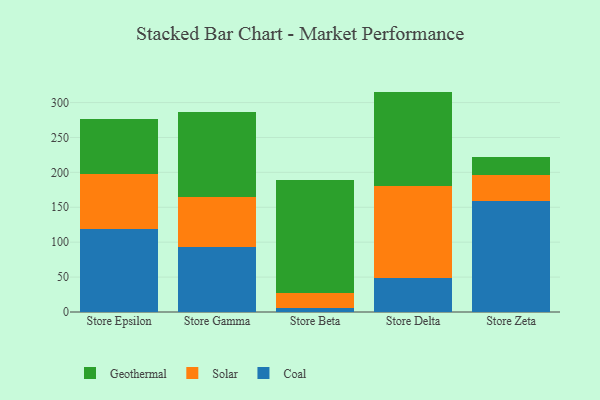
{"axis": {"x": "Store", "y": "Production Output"}, "legend": ["Coal", "Geothermal", "Solar"], "data": [{"x": "Store Epsilon", "y": 119.4, "type": "Coal"}, {"x": "Store Epsilon", "y": 77.8, "type": "Solar"}, {"x": "Store Epsilon", "y": 79.1, "type": "Geothermal"}, {"x": "Store Gamma", "y": 93.2, "type": "Coal"}, {"x": "Store Gamma", "y": 72.2, "type": "Solar"}, {"x": "Store Gamma", "y": 120.7, "type": "Geothermal"}, {"x": "Store Beta", "y": 5.6, "type": "Coal"}, {"x": "Store Beta", "y": 21.0, "type": "Solar"}, {"x": "Store Beta", "y": 162.7, "type": "Geothermal"}, {"x": "Store Delta", "y": 49.2, "type": "Coal"}, {"x": "Store Delta", "y": 131.3, "type": "Solar"}, {"x": "Store Delta", "y": 135.2, "type": "Geothermal"}, {"x": "Store Zeta", "y": 159.6, "type": "Coal"}, {"x": "Store Zeta", "y": 36.3, "type": "Solar"}, {"x": "Store Zeta", "y": 25.6, "type": "Geothermal"}]}